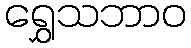
ရွှေသဘာဝ